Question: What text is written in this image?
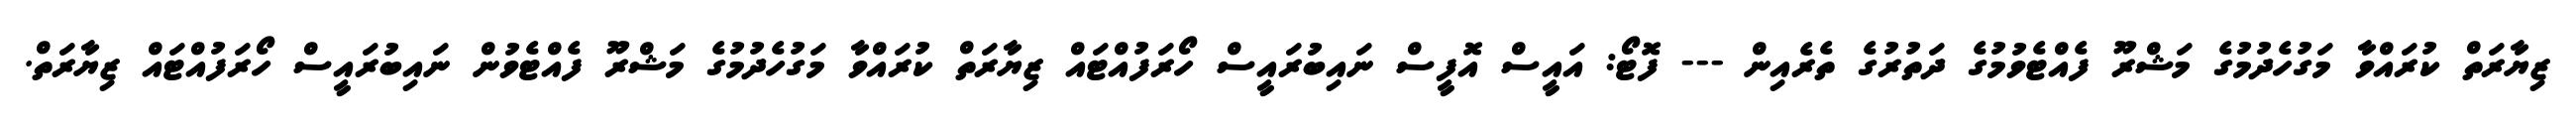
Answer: ޒިޔާރަތް ކުރައްވާ މަގުހެދުމުގެ މަޝްރޫ ފެއްޓެވުމުގެ ދަތުރުގެ ތެރެއިން --- ފޮޓޯ: އައީސް އޮފީސް ނައިބުރައީސް ހޯރަފުއްޓައް ޒިޔާރަތް ކުރައްވާ މަގުހެދުމުގެ މަޝްރޫ ފެއްޓެވުން ނައިބުރައީސް ހޯރަފުއްޓައް ޒިޔާރަތް.